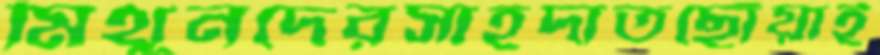
মিথুনদেরসাহদাতছোঁয়াই